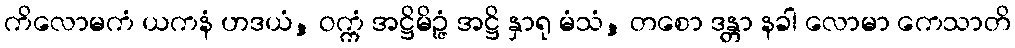
ကိလောမကံ ယကနံ ဟဒယံ, ဝက္ကံ အဋ္ဌိမိဉ္ဇံ အဋ္ဌိ နှာရု မံသံ, တစော ဒန္တာ နခါ လောမာ ကေသာတိ